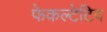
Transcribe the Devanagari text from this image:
फेकल्टेटिव